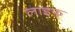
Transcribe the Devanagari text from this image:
लाइफ्